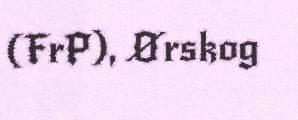
(FrP), Ørskog